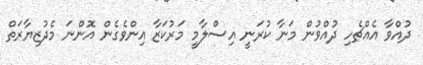
ދުއްވާ އެއްޗެހި ދުއްވުން މަނާ ކުރަނީ އިސްލާމީ މަރުކަޒާ އިންވެގެން އޮންނަ މެދުޒިޔާރަތް